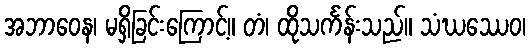
အဘာဝေန၊ မရှိခြင်းကြောင့်။ တံ၊ ထိုသင်္ကန်းသည်။ သံဃဿေဝ၊